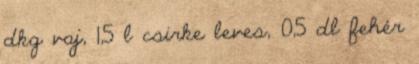
dkg vaj, 1,5 l csirke leves, 0,5 dl fehér